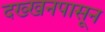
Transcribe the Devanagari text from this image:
दख्खनपासून